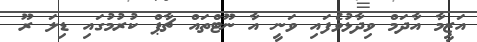
އަޒީމާ އާދަމް ވިދާޅުވެފައި ވަނީ އާ ނޫޓްތައް ޗާޕް ކުރުމުގައި ޑިލަ ރޫ